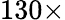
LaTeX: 130\times